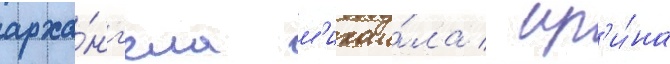
арха́нг'ела м'ихаи́ла / ир'и́на